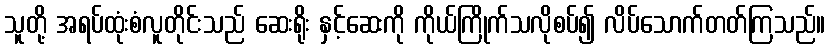
သူတို့ အရပ်ထုံးစံလူတိုင်းသည် ဆေးရိုး နှင့်ဆေးကို ကိုယ်ကြိုက်သလိုစပ်၍ လိပ်သောက်တတ်ကြသည်။